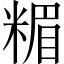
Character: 𥻡